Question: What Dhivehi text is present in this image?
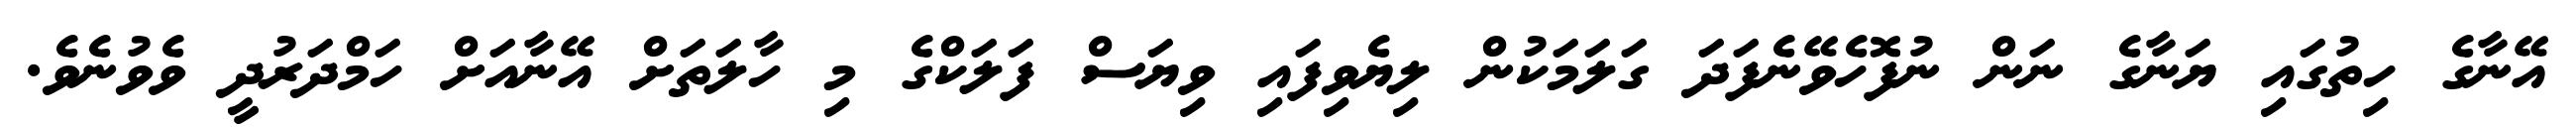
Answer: އޭނާގެ ހިތުގައި ޔަނާގެ ނަން ނުފޮހެވޭނެފަދަ ގަލަމަކުން ލިޔެވިފައި ވިޔަސް ފަލަކްގެ މި ހާލަތަށް އޭނާއަށް ހަމްދަރުދީ ވެވުނެވެ.